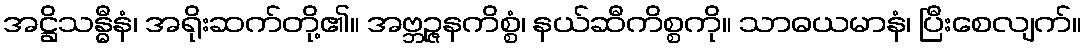
အဋ္ဌိသန္ဓီနံ၊ အရိုးဆက်တို့၏။ အဗ္ဘဉ္ဇနကိစ္စံ၊ နယ်ဆီကိစ္စကို။ သာဓယမာနံ၊ ပြီးစေလျက်။